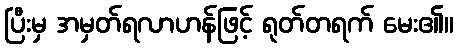
ပြီးမှ အမှတ်ရလာဟန်ဖြင့် ရုတ်တရက် မေး၏။